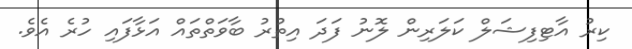
ކިރު އާޓިފިޝަލް ކަލަރިން ލޮނު ފަދަ އިތުރު ބާވަތްތައް އަޅާފައި ހުރެ އެވެ.